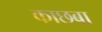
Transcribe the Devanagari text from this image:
काछबा